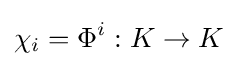
\chi _{i}=\Phi ^{i}:K\to K